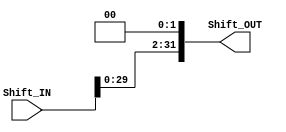
//`timescale 1ns / 1ps
//////////////////////////////////////////////////////////////////////////////////
// Company: 
// 
// Design Name: 
// Module Name: Shift_left_twice
// Project Name: 
// Target Devices: 
// Tool Versions: 
// Description: 
// 
// Dependencies: 
// 
// Revision:
// Revision 0.01 - File Created
// Additional Comments:
// 
//////////////////////////////////////////////////////////////////////////////////


module Shift_left_twice #(parameter Shift_WIDTH = 32)
(
input   [Shift_WIDTH - 1 : 0]  Shift_IN ,
output  [Shift_WIDTH - 1 : 0]  Shift_OUT
);

assign Shift_OUT = Shift_IN << 2 ;

endmodule